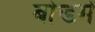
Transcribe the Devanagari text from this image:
बोन्डमें